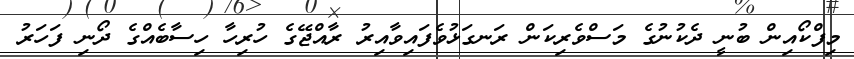
މިފްކޯއިން ބުނީ ދެކުނުގެ މަސްވެރިކަން ރަނގަޅުވެފައިވާއިރު ރާއްޖޭގެ ހުރިހާ ހިސާބެއްގެ ދޯނި ފަހަރު